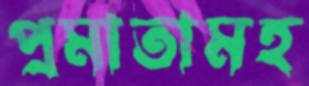
প্রমাতামহ